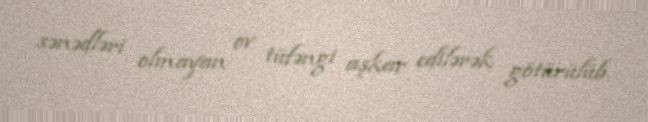
sənədləri olmayan ov tüfəngi aşkar edilərək götürülüb.